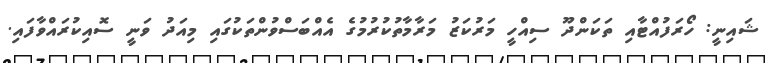
ޝައިނީ: ހޯރަފުއްޓާއި ތަކަންދޫ ސިއްހީ މަރުކަޒު މަރާމާތުކުރުމުގެ އެއްބަސްވުންތަކުގައި މިއަދު ވަނީ ސޮއިކުރައްވާފައި.